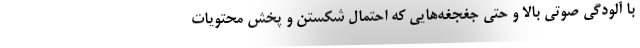
با آلودگی صوتی بالا و حتی جغجغه‌هایی که احتمال شکستن و پخش محتویات